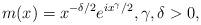
LaTeX: \begin{align*}m(x) = x^{-\delta/2} e^{ix^\gamma/2}, \gamma,\delta>0,\end{align*}